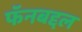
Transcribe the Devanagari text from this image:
फॅनबद्दल